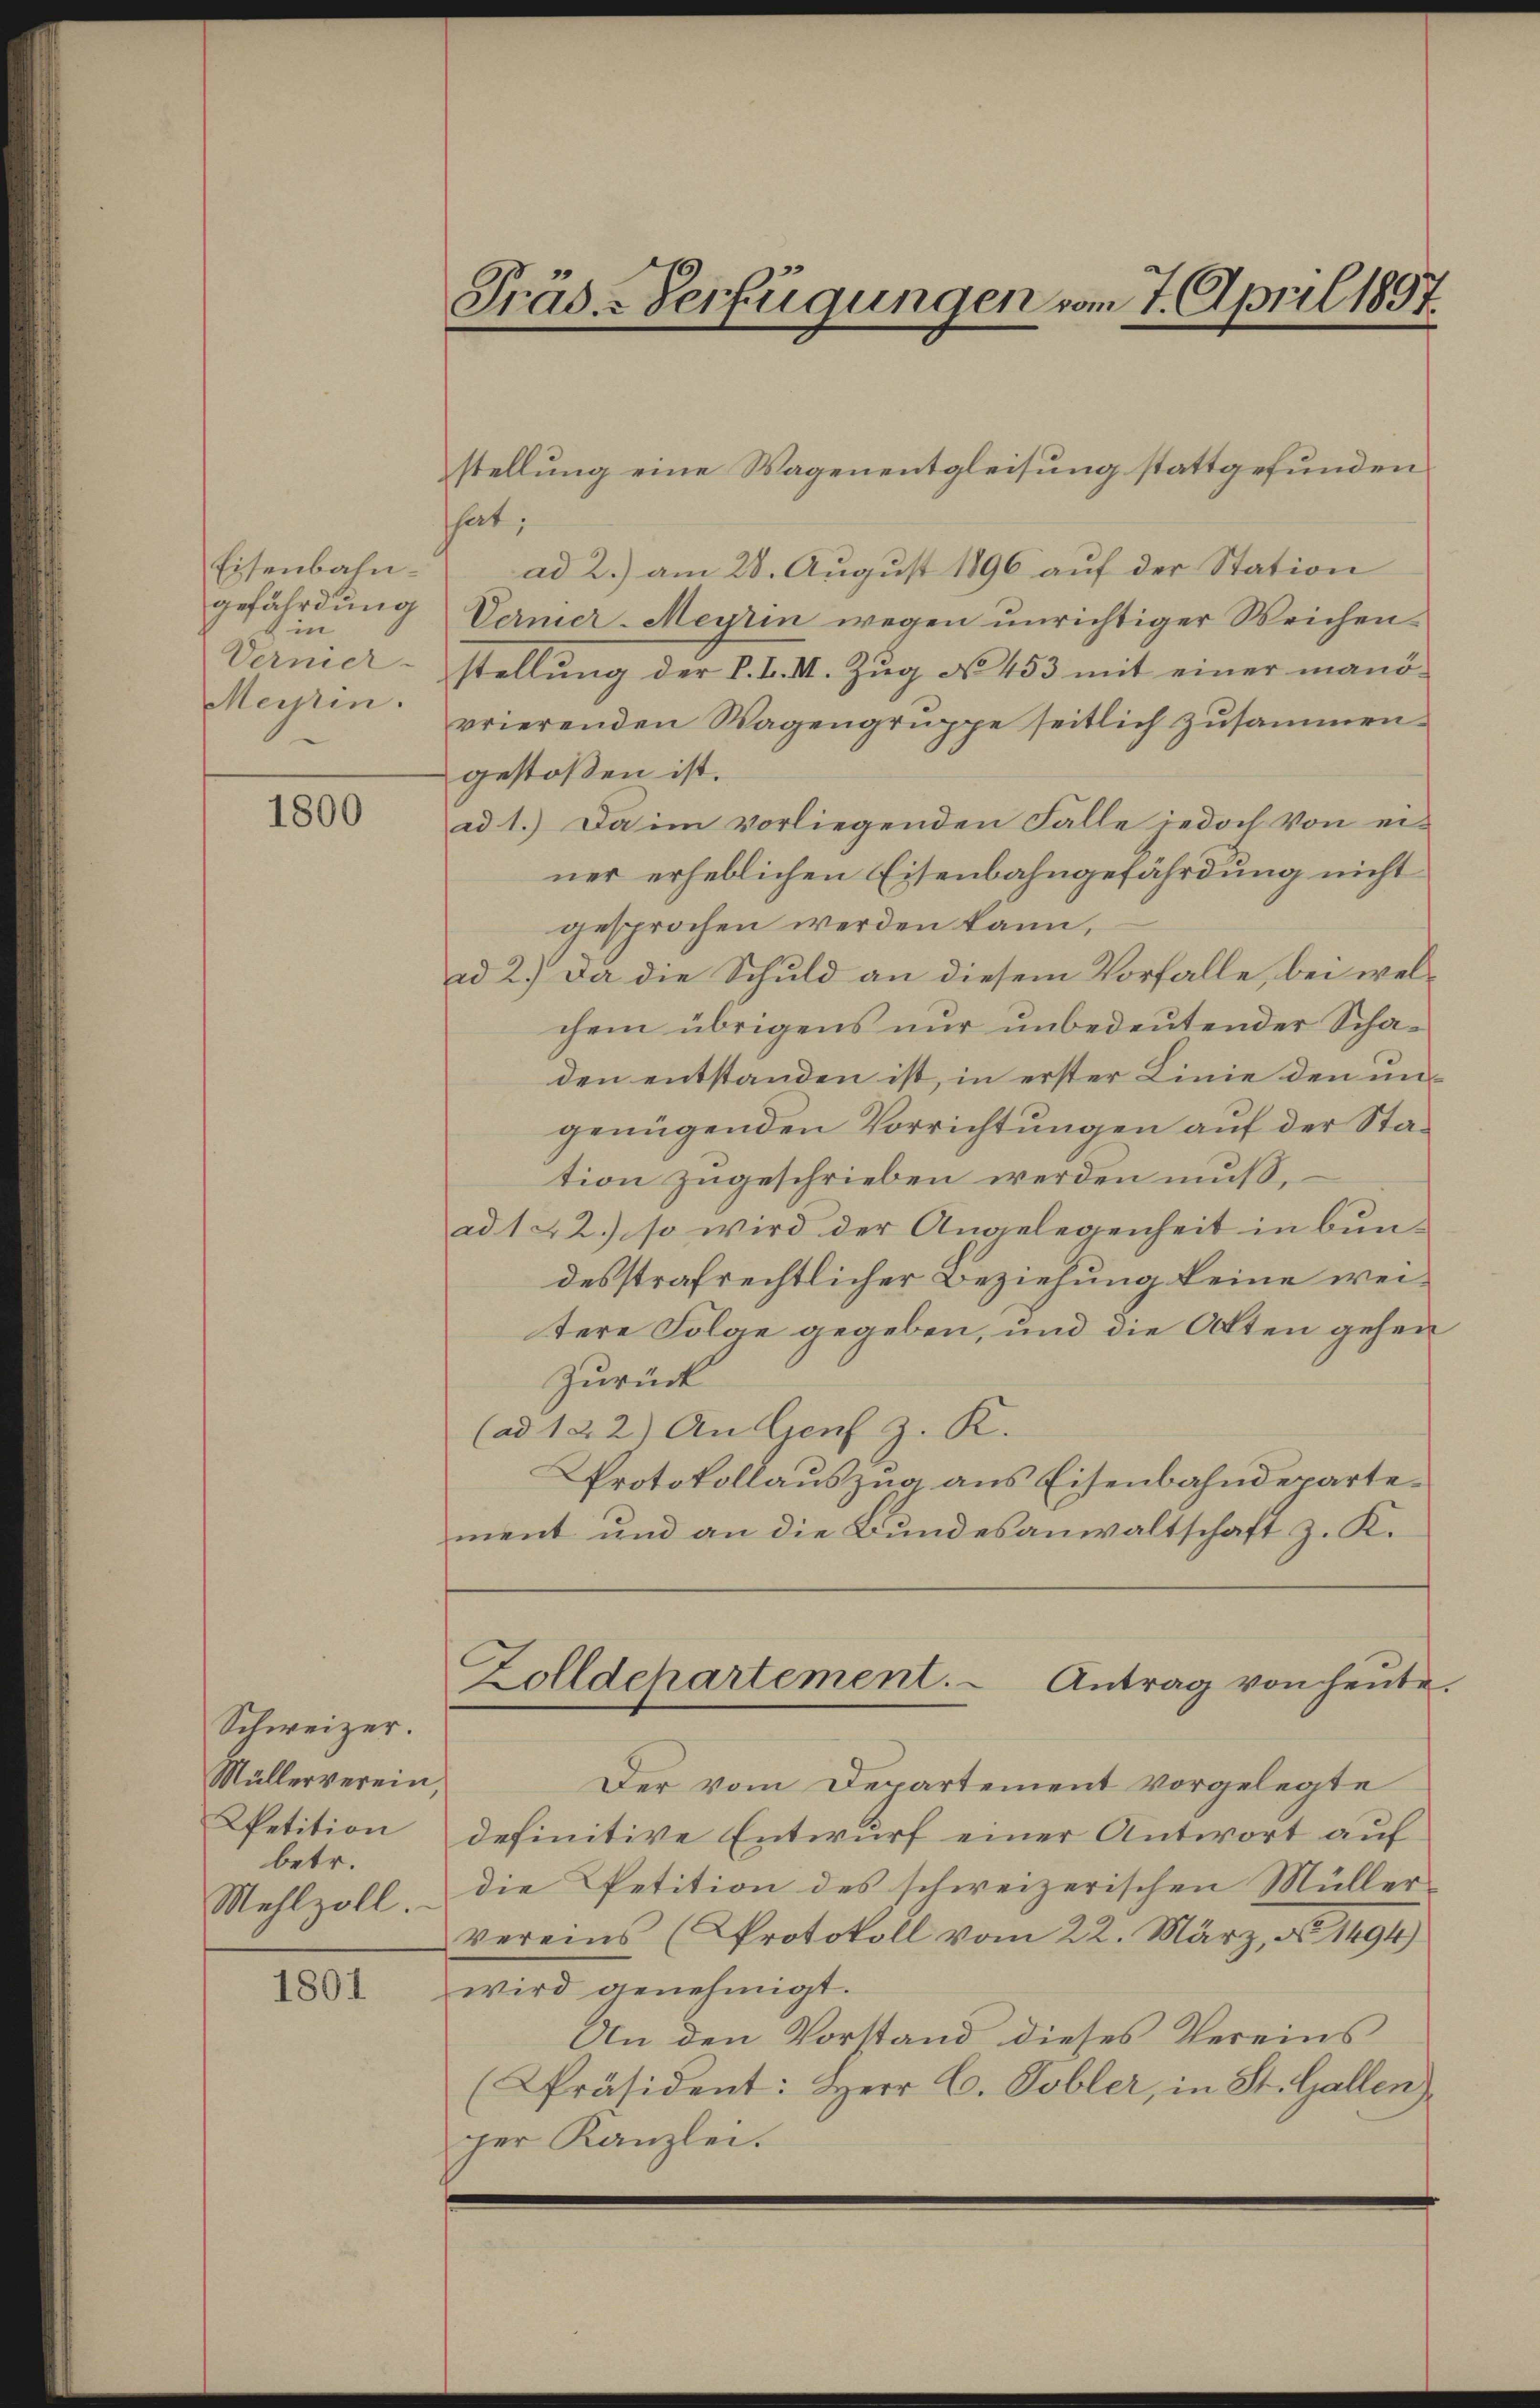
in
Meirin.

1800

that;
Eisenbahn ad 2.) am 28. August 1896 auf der Station
gefährdung Vernier-Meyrin wegen unrichtiger Weichen¬
Vernierstellŭng der P. I. I. Zŭg No 453 mit einer manö-
vrierenden Wagengruppe seitlich zŭsammen.
gestoßen ist.
ad 1.) Da im vorliegenden Falle jedoch von ei-
ner erheblichen Eisenbahngefährdung nicht
gesprochen werden kann,
ad 2.) Da die Schuld an diesem Vorfalle, bei welchem übrigens nur unbedeutender Schaden entstanden ist, in erster Linie den ungenügenden Vorrichtungen auf der Station zugeschrieben werden muß,
ad 1. 22.) so wird der Angelegenheit in bun-
desstrafrechtlicher Beziehung keine weitere Folge gegeben, und die Atten gehen
Zurück
(ad 122) An Genf z. K.
Protokollauszug aus Eisenbahndepartement und an die Bundesanwaltschaft z. K.
Zolldepartement. Antrag von heute.
Der vom Departement vorgelegte
Petition definitive Entwurf einer Antwort auf
Mehlzoll, die Petition des schweizerischen Müller-
Vereins (Protokoll vom 22. März, No 11494)
wird genehmigt.
An den Vorstand dieses Vereins
Präsident: Herr C. Tobler, in St. Gallen
per Kanzlei.

Schweizer.
Müllerverein,
betr.

1801

Präs.-Verfügungen vom 7. April 1857

stellung eine Wagenentgleisung stattgefunden